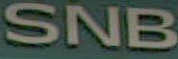
SNB